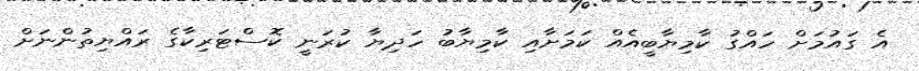
އެ ގައުމަށް ހައްގު ކާމިޔާބީއެއް ކަމަށާއި ކާމިޔާބު ހަދިޔާ ކުރަނީ ކޮސްޓަރިކާގެ ރައްޔިތުންނަށް